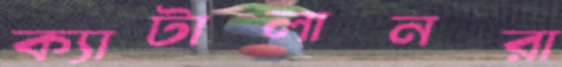
ক্যাটালানরা